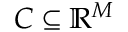
C \subseteq \mathbb { R } ^ { M }